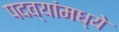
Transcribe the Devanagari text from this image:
पदव्यांमध्ये